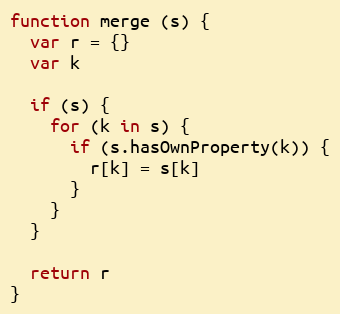
Language: JavaScript
function merge (s) {
  var r = {}
  var k

  if (s) {
    for (k in s) {
      if (s.hasOwnProperty(k)) {
        r[k] = s[k]
      }
    }
  }

  return r
}